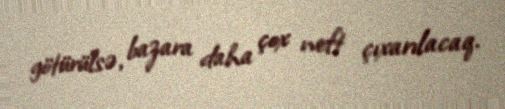
götürülsə, bazara daha çox neft çıxarılacaq.